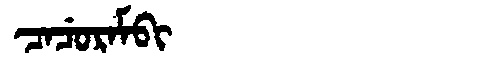
Manchu: ᠴᠠᠴᡠᡵᠠᠮᠪᡳ
Romanization: CACURAMBI